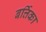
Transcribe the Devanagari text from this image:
बर्त्तिका